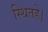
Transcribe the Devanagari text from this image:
स्थितहे।